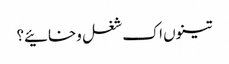
تینوں اک شغل وخائیے؟